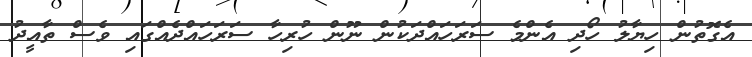
އެގޮތުން ހިޔާލު ހޯދި އެންމެ ސަރަހައްދަކުން ނޫން ހުރިހާ ސަރަހައްދެއްގައި ވެސް ތާއީދު